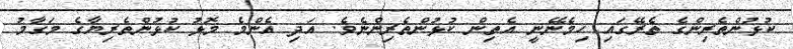
ކުޅުންތެރިންގެ ތެރޭގައި ހިމެނޭނީ އެތިން ކުޅުންތެރިންނެވެ. އަދި އެންމެ މޮޅު ކުޅުންތެރިޔާގެ މަގާމު